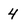
Character: 4